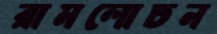
রামলোচন